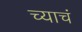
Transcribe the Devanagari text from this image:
च्याचं